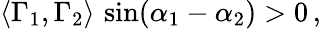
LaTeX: \langle\Gamma_{1},\Gamma_{2}\rangle\, \sin(\alpha_{1}-\alpha_{2})>0\, ,